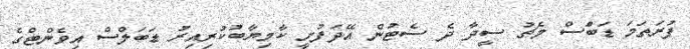
ފުރަތަމަ ޑަބަްސް މެޗު ސީދާ ދެ ސެޓުން އޭދަފުށީ ކާމިޔާބުކުރިއިރު ޑަބަލްސް އިވެންޓްގެ